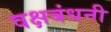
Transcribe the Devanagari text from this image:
वक्षबंधनी